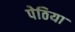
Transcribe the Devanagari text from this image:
पेठिया